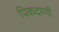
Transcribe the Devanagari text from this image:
पिकदाणी